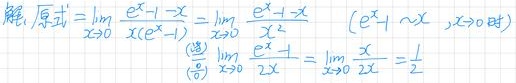
解：原式 \(=\lim_{x \to 0} \frac{e^{x}-1 - x}{x(e^{x}-1)}=\lim_{x \to 0} \frac{e^{x}-1 - x}{x^{2}}\) （\(e^{x}-1\sim x,x\to 0\) 时）

\(\overset{(\frac{0}{0})}{=}\lim_{x \to 0} \frac{e^{x}-1}{2x}=\lim_{x \to 0} \frac{x}{2x}=\frac{1}{2}\)